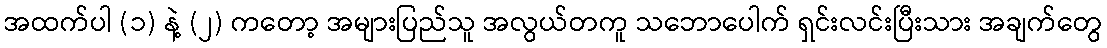
အထက်ပါ (၁) နဲ့ (၂) ကတော့ အများပြည်သူ အလွယ်တကူ သဘောပေါက် ရှင်းလင်းပြီးသား အချက်တွေ